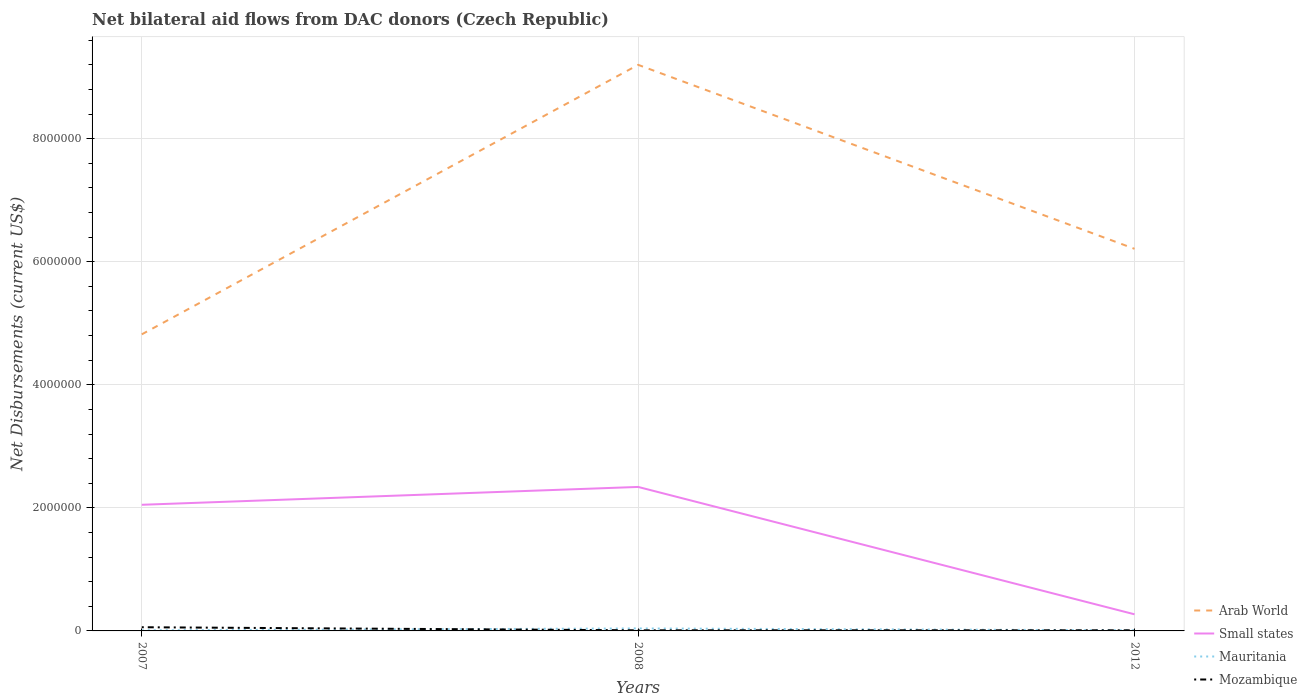
| Years | Arab World | Small states | Mauritania | Mozambique |
 | --- | --- | --- | --- | --- |
 | 2007 | 4.82e+06 | 2.05e+06 | 1e+04 | 6e+04 |
 | 2008 | 9.2e+06 | 2.34e+06 | 4e+04 | 1e+04 |
 | 2012 | 6.21e+06 | 2.7e+05 | 1e+04 | 1e+04 |